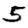
Digit: 5